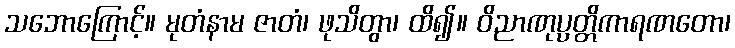
သဘောကြောင့်။ မုတံနာမ ဇာတံ၊ ဖုသိတွာ၊ ထိ၍။ ဝိညာဏုပ္ပတ္တိကာရဏတော၊